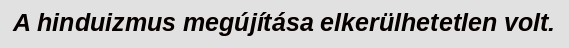
A hinduizmus megújítása elkerülhetetlen volt.